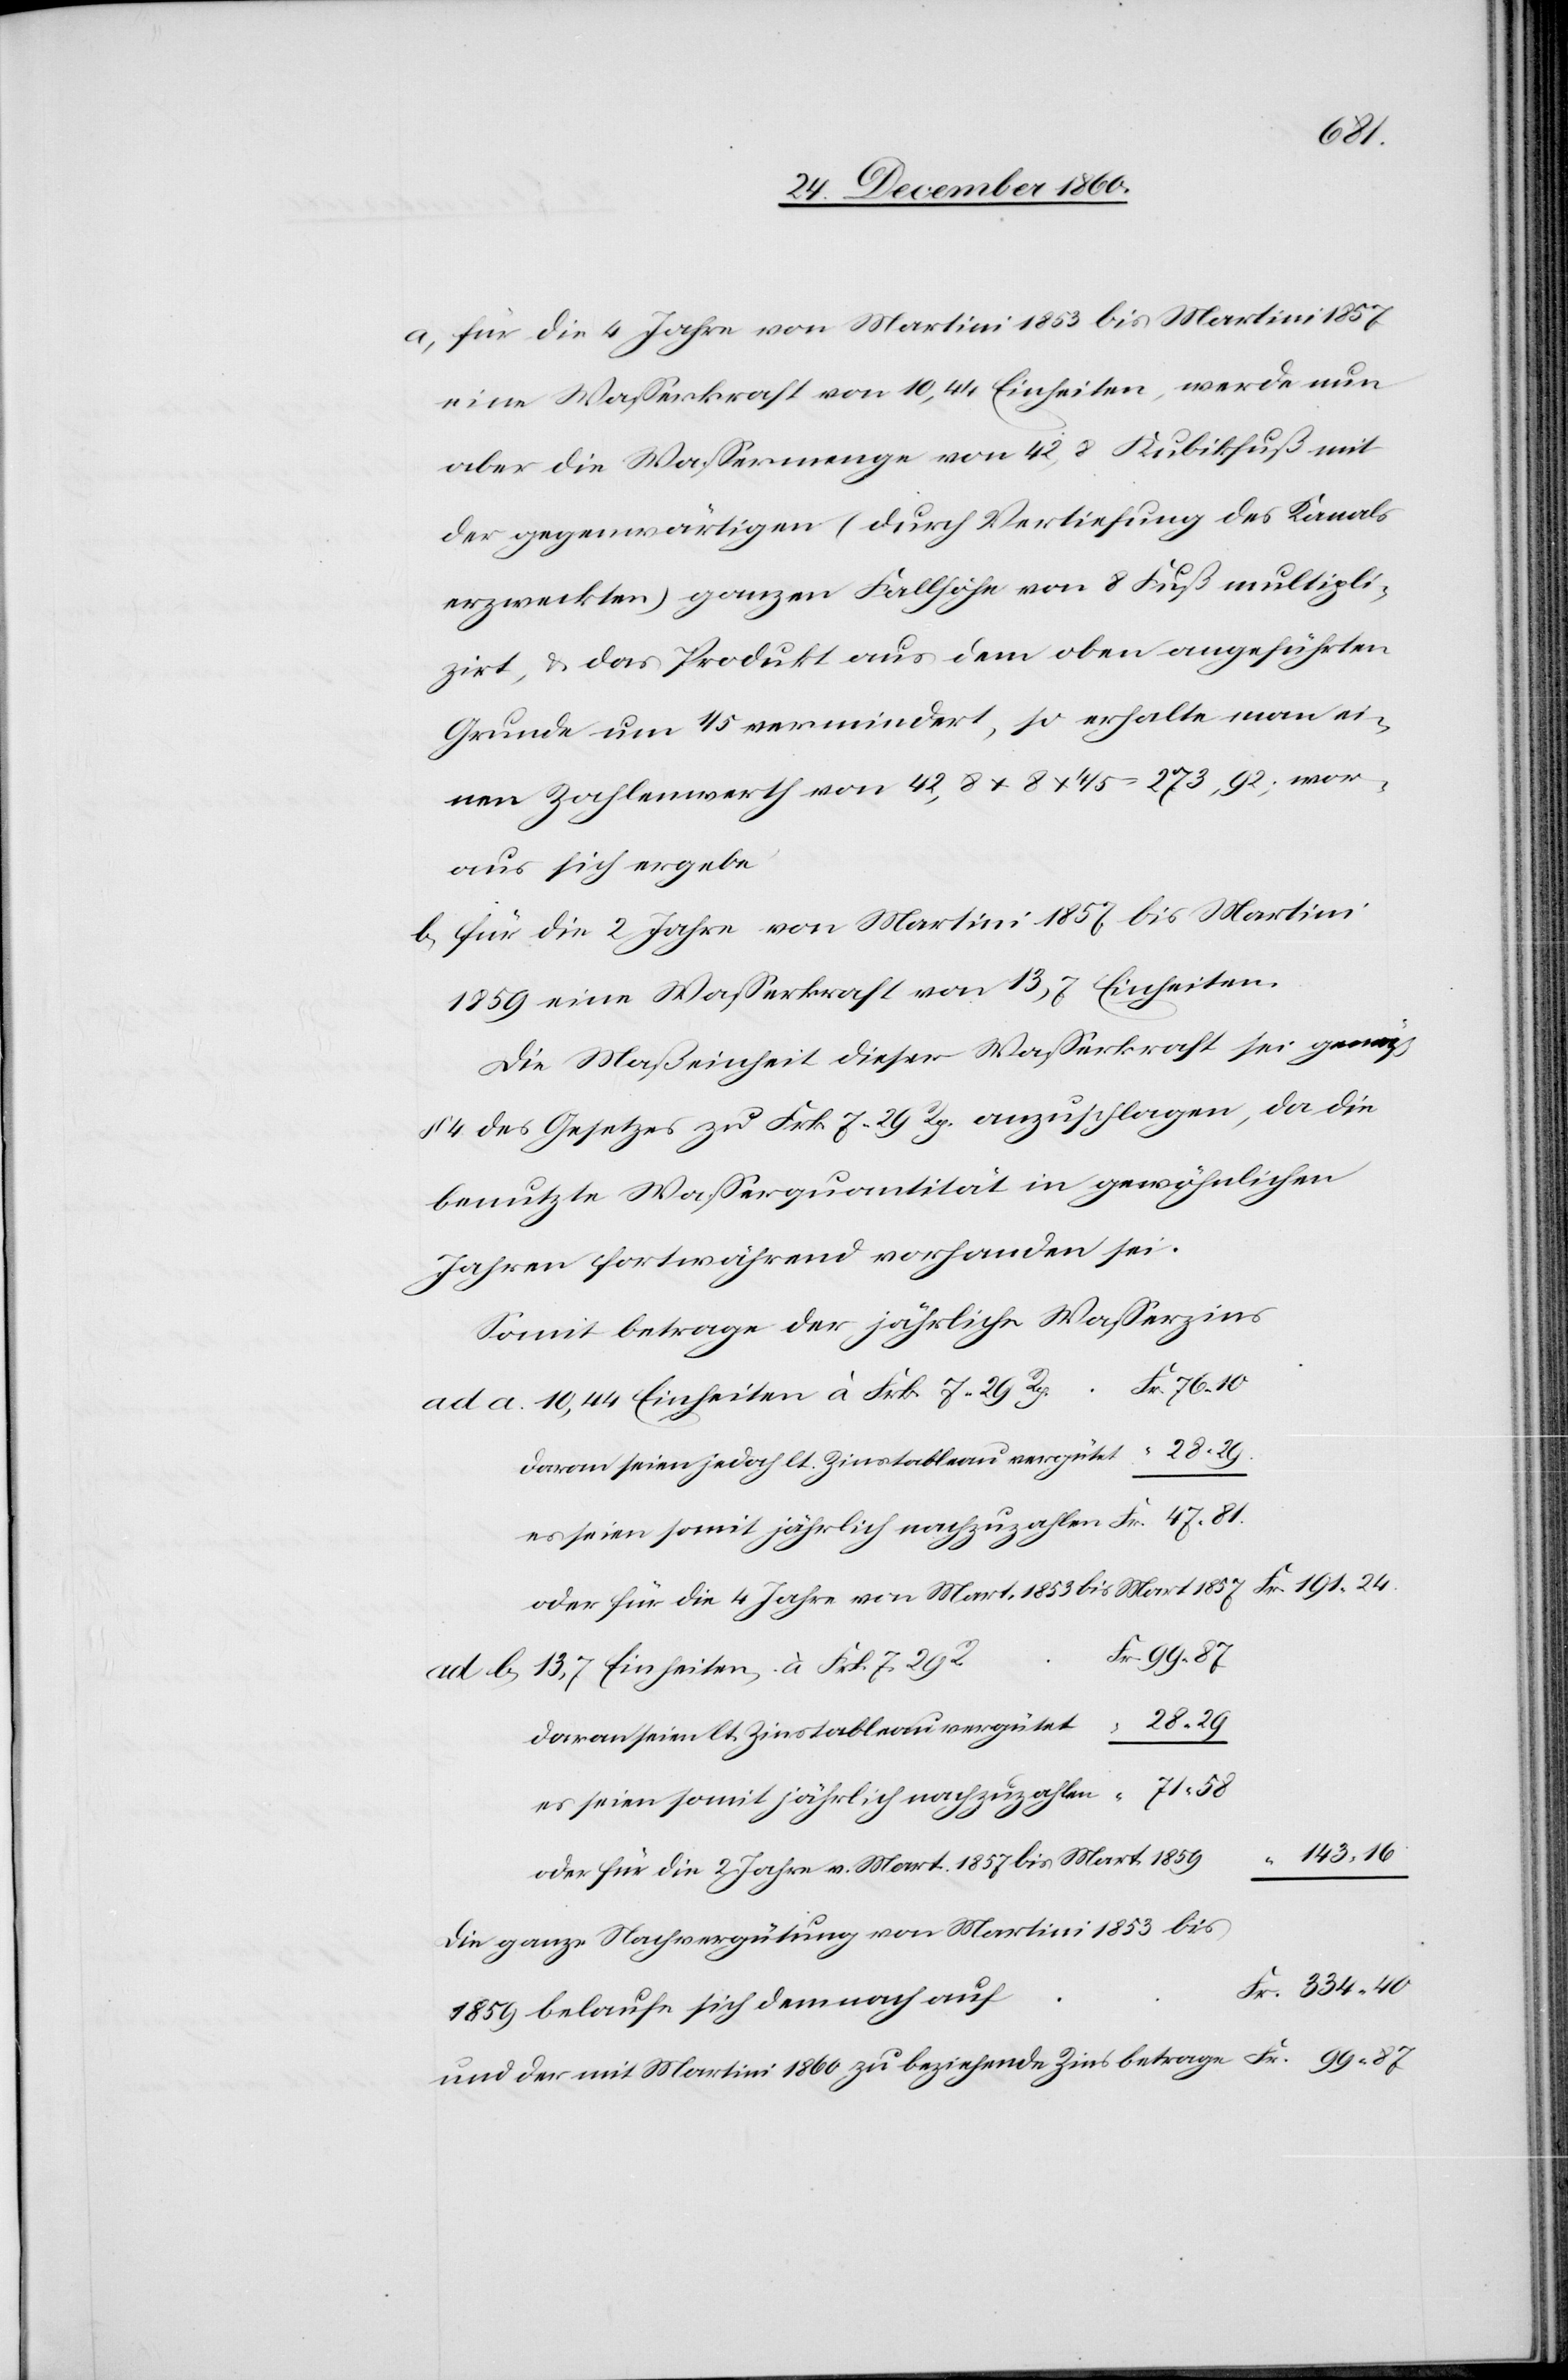
b.
a) für die 4 Jahre von Martini 1853 bis Martini 1857
eine Wasserkraft von 10,44 Einheiten, werde nun
aber die Wassermenge von 42,8 Kubikfuß mult¬
zirt, u. das Produkt aus dem oben angeführten
Grunde um 1/5 vermindert, so erhalte man einen
aus sich ergebe
b) für die 2 Jahre von Martini 1857 bis Martini
1859 eine Wasserkraft von 13,7 Einheiten.
Die Maßeinheit dieser Wasserkraft sei gemäß
§ 4 des Gesetzes zu Frk. 7 29 Rp. anzuschlagen, da die
benutzte Wasserquantität in gewöhnlichen
Jahren fortwährend vorhanden sei.
Somit betrage der jährliche Wasserzins
13,7 Einheiten à Frk. 7 29 R.
daran seien jedoch lt. Zinstableau vergütet
oder für die 4 Jahre von Mart. 1853 bis Mart. 1857
Fr.
daran seien lt. Zinstableau vergütet
es seien somit jährlich nachzuzahlen
oder für die 2 Jahre v. Mart. 1857 bis Mart. 1859
Die ganze Nachvergütung von Martini 1853 bis
1859 belaufe sich demnach auf
und der mit Martini 1860 zu beziehende Zins betrage